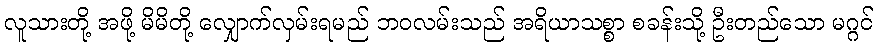
လူသားတို့ အဖို့ မိမိတို့ လျှောက်လှမ်းရမည် ဘဝလမ်းသည် အရိယာသစ္စာ စခန်းသို့ ဦးတည်သော မဂ္ဂင်